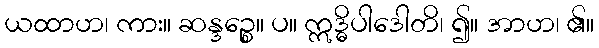
ယထာဟ၊ ကား။ ဆန္ဒဉ္စေ။ ပ။ ဣဒ္ဓိပါဒေါတိ၊ ၍။ အာဟ၊ ၏။